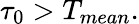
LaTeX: \tau_{0}>T_{mean}.